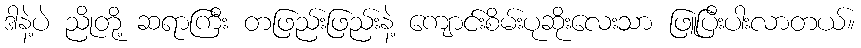
ဒါနဲ့ပဲ ညိုတို့ ဆရာကြီး တဖြည်းဖြည်းနဲ့ ကျောင်းစိမ်းပုဆိုးလေးသာ ဖြူပြီးပါးလာတယ်။